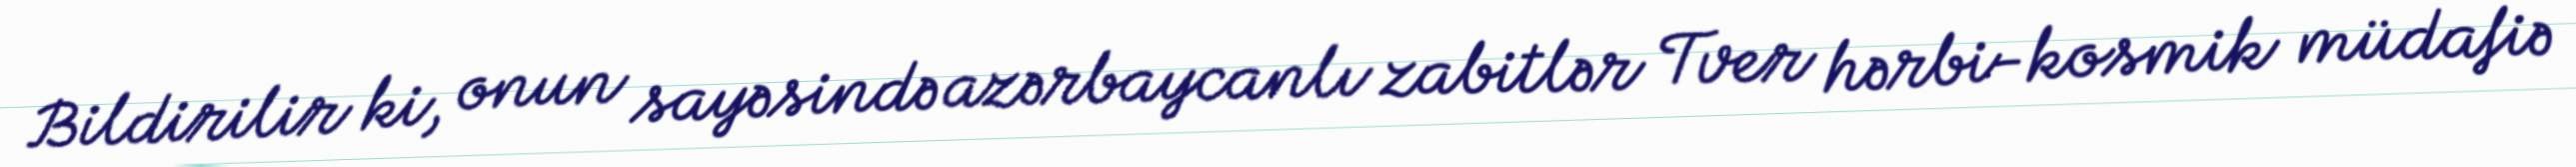
Bildirilir ki, onun sayəsində azərbaycanlı zabitlər Tver hərbi-kosmik müdafiə